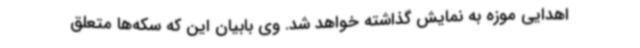
اهدایی موزه به نمایش گذاشته خواهد شد. وی بابیان این‌ که سکه‌ها متعلق